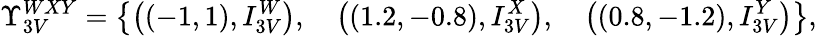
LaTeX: \Upsilon_{3V}^{WXY}=\big\{ \big((-1,1),I_{3V}^{W}\big),\quad\big((1.2,-0.8),I_{3V}^{X}\big),\quad\big((0.8,-1.2),I_{3V}^{Y}\big)\big\} ,